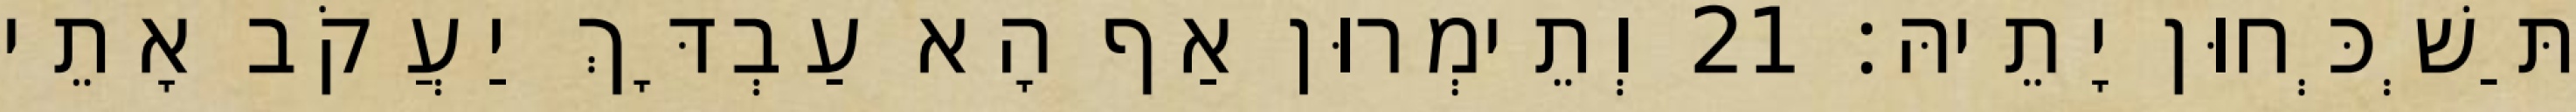
תַּשְׁכְּחוּן יָתֵיהּ׃ 21 וְתֵימְרוּן אַף הָא עַבְדָּךְ יַעֲקֹב אָתֵי